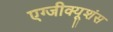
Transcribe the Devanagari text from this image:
एग्जीक्यूशंस